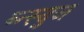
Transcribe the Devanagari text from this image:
ब्न्स्द्ज